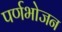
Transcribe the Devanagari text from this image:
पर्णभोजन